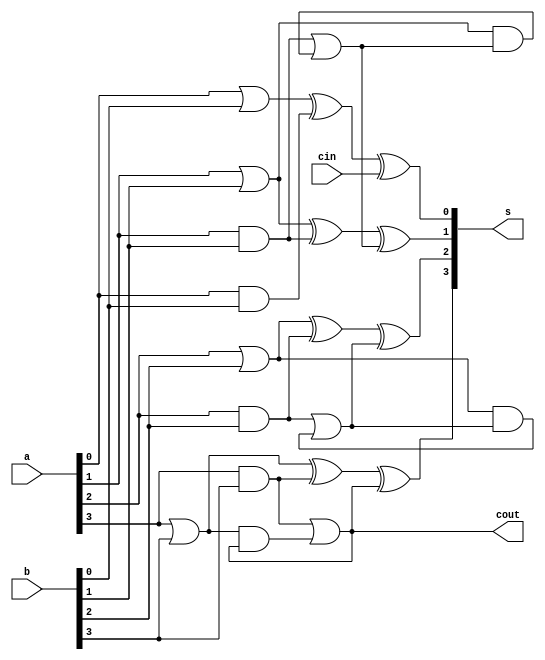
`timescale 1ns / 1ps
//////////////////////////////////////////////////////////////////////////////////
// Company: 
// Engineer: 
// 
// Design Name: 
// Module Name:    cla 
// Project Name: 
// Target Devices: 
// Tool versions: 
// Description: 
//
// Dependencies: 
//
// Revision: 
// Revision 0.01 - File Created
// Additional Comments: 
//
//////////////////////////////////////////////////////////////////////////////////
module cla(a,b,cin,s,cout);
input[3:0] a,b;
input cin;
output [3:0] s;
output cout;
wire p0,p1,p2,p3,g0,g1,g2,g3;
wire c0,c1,c2,c3;
assign p0=a[0]|b[0];
assign p1=a[1]|b[1];
assign p2=a[2]|b[2];
assign p3=a[3]|b[3];
assign g0=a[0]&b[0];
assign g1=a[1]&b[1];
assign g2=a[2]&b[2];
assign g3=a[3]&b[3];
assign c0=g0|(p0&cin);
assign c1=g1|(p1&c1);
assign c2=g2|(p2&c2);
assign c3=g3|(p3&c3);
assign s[0]=p0^g0^cin;
assign s[1]=p1^g1^c1;
assign s[2]=p2^g2^c2;
assign s[3]=p3^g3^c3;
assign cout=c3;
endmodule